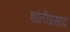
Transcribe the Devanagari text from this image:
शांतीप्रसाद